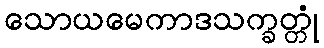
သောယမေကာဒသက္ခတ္တုံ